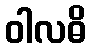
ဝါလဓိ